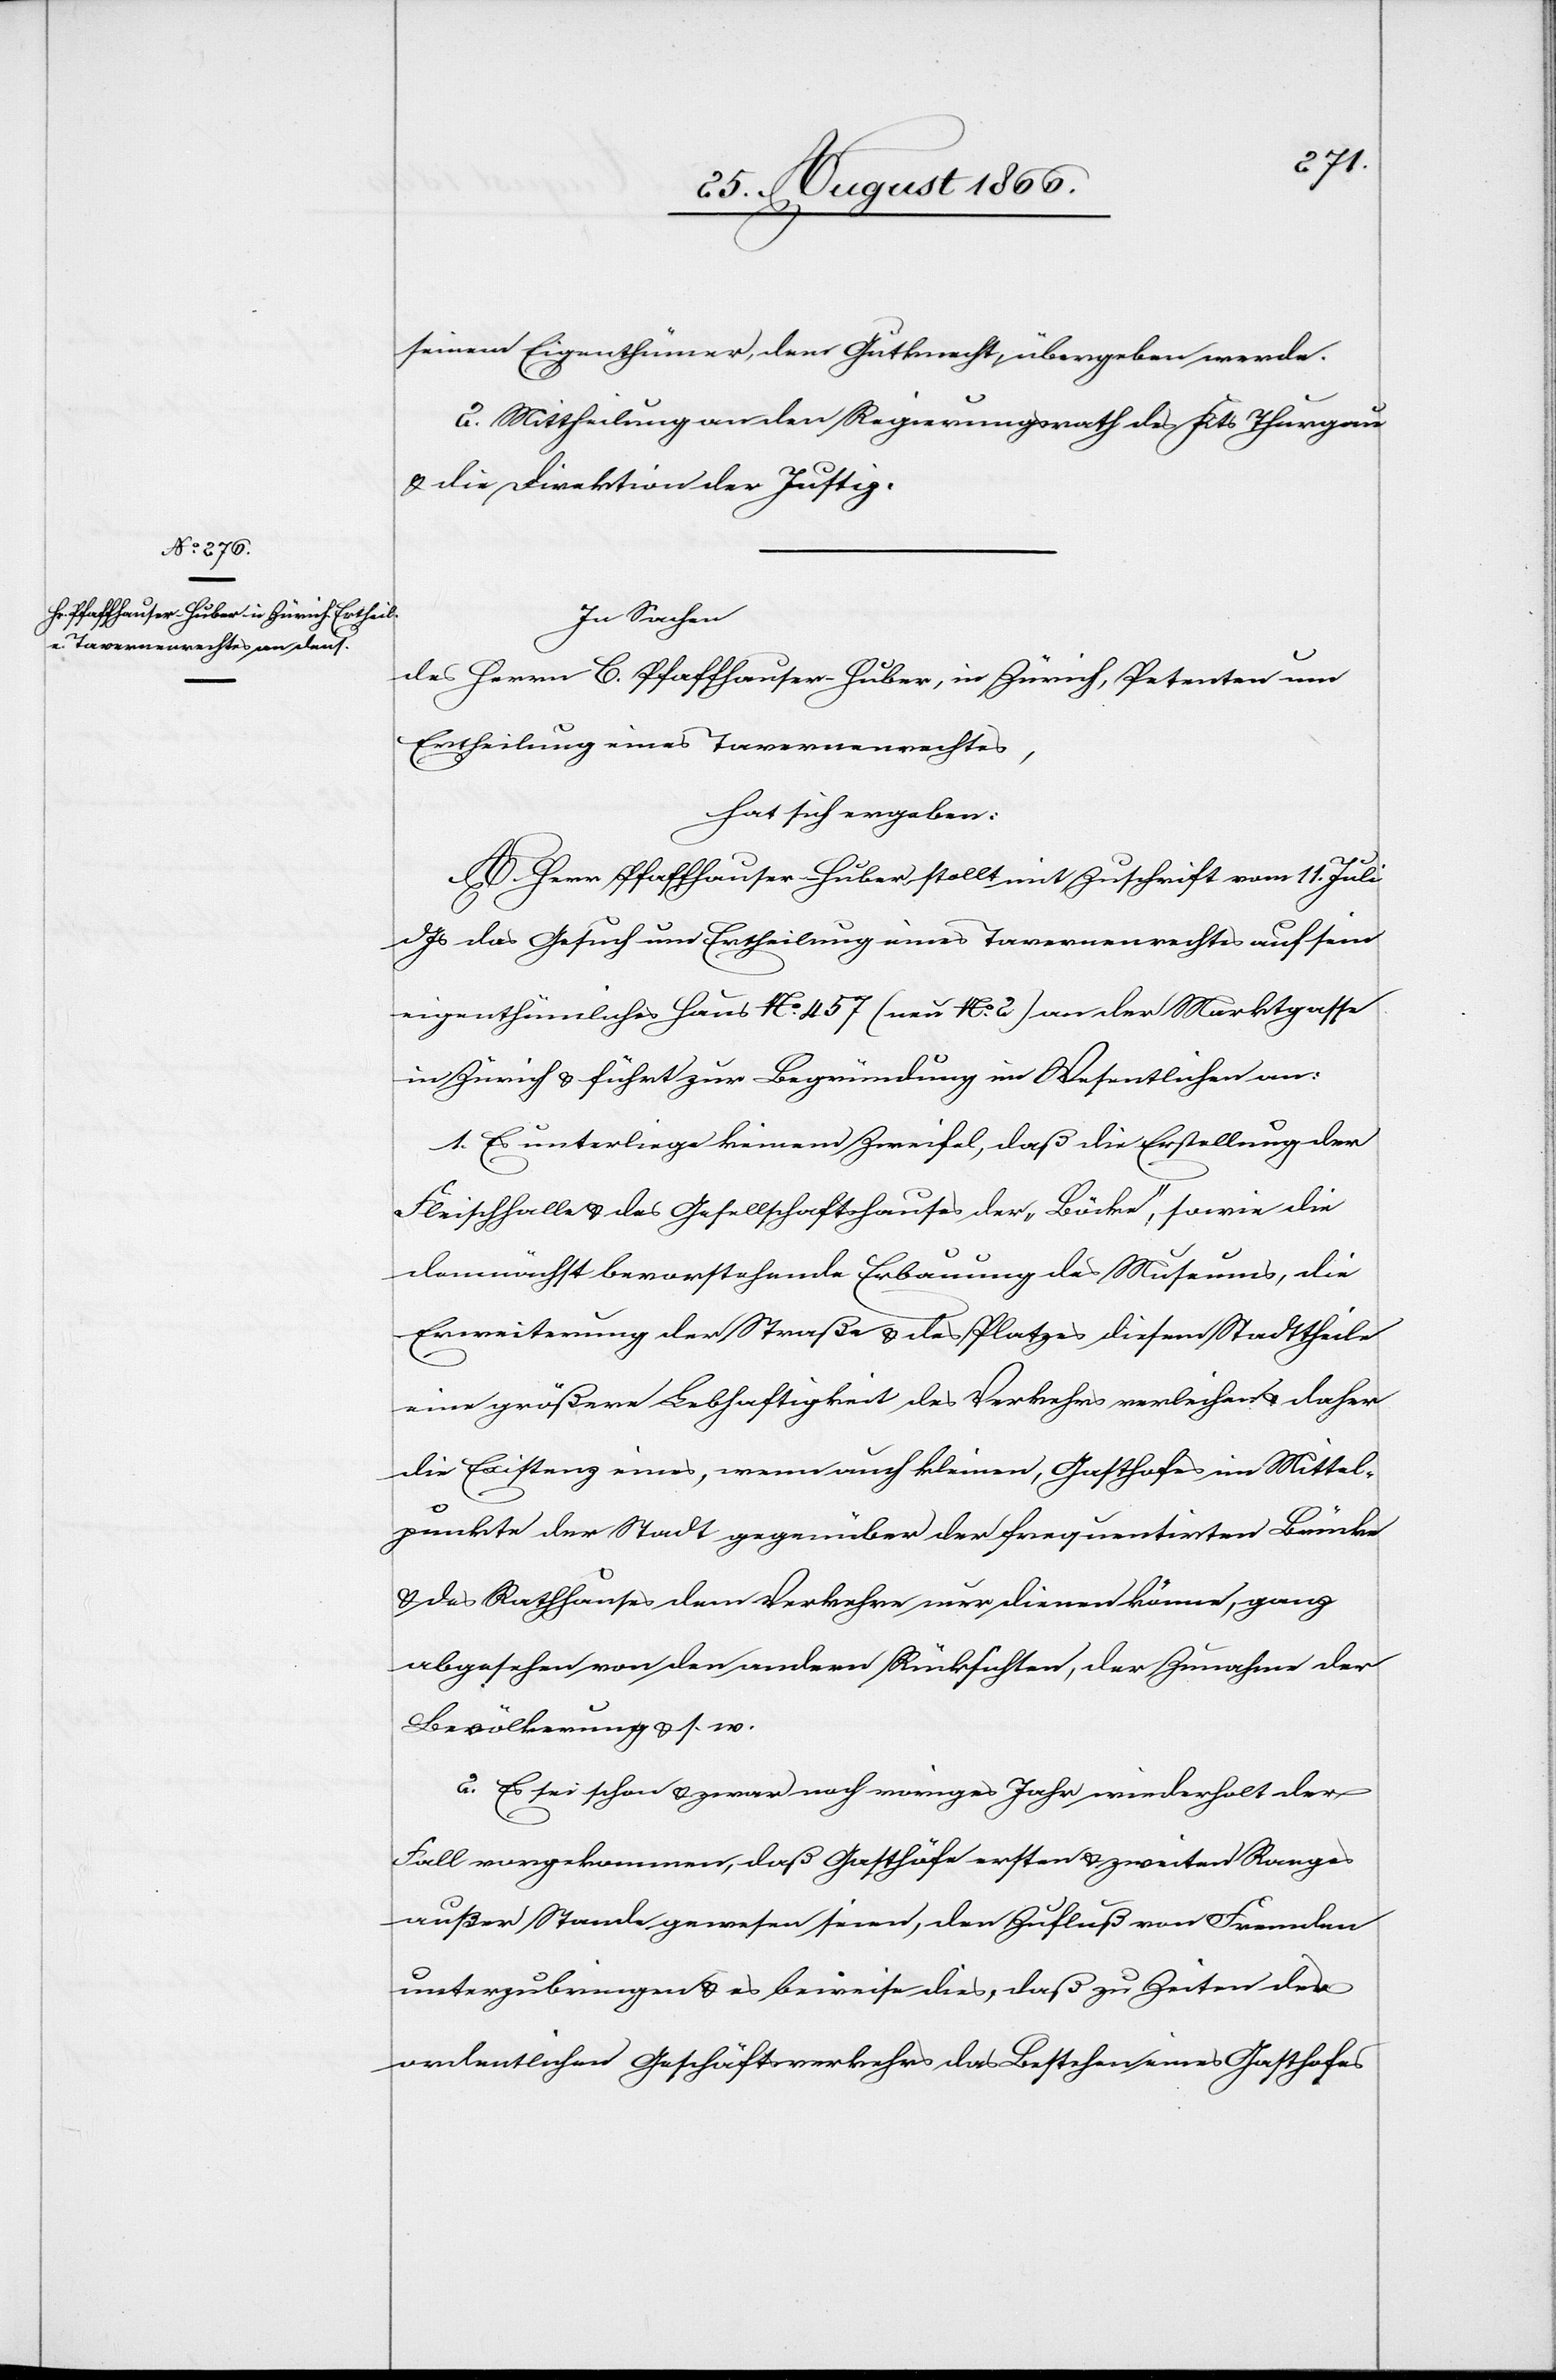
seinem Eigenthümer, dem Gutknecht, übergeben werde.
2. Mittheilung an den Regierungsrath des Kts. Thurgau
u. die Direktion der Justiz.
In Sachen
des Herrn C. Pfaffhauser-Huber, in Zürich, Petenten um
Ertheilung eines Tavernenrechtes,
hat sich ergeben:
A. Herr Pfaffhauser-Huber stellt mit Zuschrift vom 11. Juli
dJs das Gesuch um Ertheilung eines Tavernenrechtes auf sein
eigenthümliches Haus Nr. 457 (nun No. 2) an der Marktgasse
in Zürich u. führt zur Begründung im Wesentlichen an:
1. Es unterliege keinem Zweifel, daß die Erstellung der
Fleischhalle u. des Gesellschaftshauses der „Böcke“, sowie die
demnächst bevorstehende Erbauung des Museums, die
Erweiterung der Straße u. des Platzes diesem Stadttheile
eine größere Lebhaftigkeit des Verkehrs verleihen u. daher
die Existenz eines, wenn auch kleinen, Gasthofes im Mittel¬
punkte der Stadt gegenüber der frequentirten Brücke
u. des Rathauses dem Verkehre nur dienen könne, ganz
abgesehen von den andern Rücksichten, der Zunahme der
Bevölkerung u. s. w.
2. Es sei schon u. zwar noch voriges Jahr wiederholt der
Fall vorgekommen, daß Gasthöfe ersten u. zweiten Ranges
außer Stande gewesen seien, den Zufluß von Fremden
unterzubringen u. es beweise dies, daß zu Zeiten des
ordentlichen Geschäftsverkehrs das Bestehen eines Gasthofes